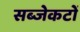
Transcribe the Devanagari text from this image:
सब्जेकटों